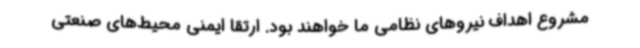
مشروع اهداف نیروهای نظامی ما خواهند بود. ارتقا ایمنی محیط‌های صنعتی